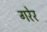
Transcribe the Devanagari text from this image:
गरेर